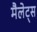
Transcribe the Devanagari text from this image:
मैलेट्स